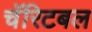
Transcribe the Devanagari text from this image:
चॅरिटबल